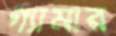
গ্যামার